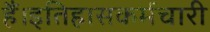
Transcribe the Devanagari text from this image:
हैं।इतिहासकर्मचारी